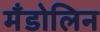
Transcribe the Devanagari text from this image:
मँडोलिन